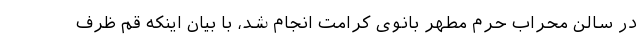
در سالن محراب حرم مطهر بانوی کرامت انجام شد، با بیان اینکه قم ظرف